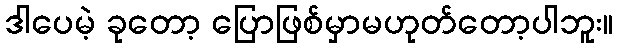
ဒါပေမဲ့ ခုတော့ ပြောဖြစ်မှာမဟုတ်တော့ပါဘူး။